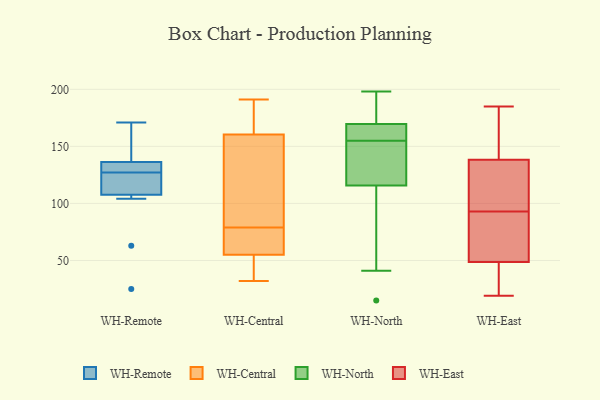
{"axis": {"x": "Backlog", "y": "Value"}, "legend": ["WH-Central", "WH-East", "WH-North", "WH-Remote"], "data": [{"x": "", "y": 25, "type": "WH-Remote"}, {"x": "", "y": 127, "type": "WH-Remote"}, {"x": "", "y": 138, "type": "WH-Remote"}, {"x": "", "y": 131, "type": "WH-Remote"}, {"x": "", "y": 104, "type": "WH-Remote"}, {"x": "", "y": 126, "type": "WH-Remote"}, {"x": "", "y": 149, "type": "WH-Remote"}, {"x": "", "y": 118, "type": "WH-Remote"}, {"x": "", "y": 171, "type": "WH-Remote"}, {"x": "", "y": 127, "type": "WH-Remote"}, {"x": "", "y": 63, "type": "WH-Remote"}, {"x": "", "y": 191, "type": "WH-Central"}, {"x": "", "y": 58, "type": "WH-Central"}, {"x": "", "y": 32, "type": "WH-Central"}, {"x": "", "y": 35, "type": "WH-Central"}, {"x": "", "y": 182, "type": "WH-Central"}, {"x": "", "y": 32, "type": "WH-Central"}, {"x": "", "y": 73, "type": "WH-Central"}, {"x": "", "y": 175, "type": "WH-Central"}, {"x": "", "y": 181, "type": "WH-Central"}, {"x": "", "y": 131, "type": "WH-Central"}, {"x": "", "y": 68, "type": "WH-Central"}, {"x": "", "y": 76, "type": "WH-Central"}, {"x": "", "y": 132, "type": "WH-Central"}, {"x": "", "y": 170, "type": "WH-Central"}, {"x": "", "y": 100, "type": "WH-Central"}, {"x": "", "y": 79, "type": "WH-Central"}, {"x": "", "y": 43, "type": "WH-Central"}, {"x": "", "y": 96, "type": "WH-Central"}, {"x": "", "y": 54, "type": "WH-Central"}, {"x": "", "y": 148, "type": "WH-North"}, {"x": "", "y": 198, "type": "WH-North"}, {"x": "", "y": 155, "type": "WH-North"}, {"x": "", "y": 165, "type": "WH-North"}, {"x": "", "y": 149, "type": "WH-North"}, {"x": "", "y": 54, "type": "WH-North"}, {"x": "", "y": 15, "type": "WH-North"}, {"x": "", "y": 170, "type": "WH-North"}, {"x": "", "y": 41, "type": "WH-North"}, {"x": "", "y": 107, "type": "WH-North"}, {"x": "", "y": 142, "type": "WH-North"}, {"x": "", "y": 181, "type": "WH-North"}, {"x": "", "y": 172, "type": "WH-North"}, {"x": "", "y": 164, "type": "WH-North"}, {"x": "", "y": 168, "type": "WH-North"}, {"x": "", "y": 38, "type": "WH-East"}, {"x": "", "y": 112, "type": "WH-East"}, {"x": "", "y": 51, "type": "WH-East"}, {"x": "", "y": 185, "type": "WH-East"}, {"x": "", "y": 19, "type": "WH-East"}, {"x": "", "y": 66, "type": "WH-East"}, {"x": "", "y": 107, "type": "WH-East"}, {"x": "", "y": 167, "type": "WH-East"}, {"x": "", "y": 147, "type": "WH-East"}, {"x": "", "y": 48, "type": "WH-East"}, {"x": "", "y": 93, "type": "WH-East"}]}